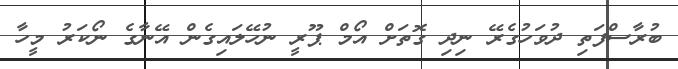
ބުރާސްފަތި ދުވަހުގެރޭ ނިދި ގޮތަށް އޯމް ޕޫރީ ނުހޭލައިގެން އޭނާގެ ނޯކަރު މީހާ